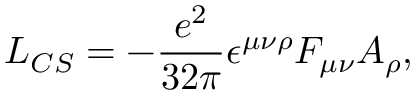
{ \cal L } _ { C S } = - \frac { e ^ { 2 } } { 3 2 \pi } \epsilon ^ { \mu \nu \rho } F _ { \mu \nu } A _ { \rho } ,